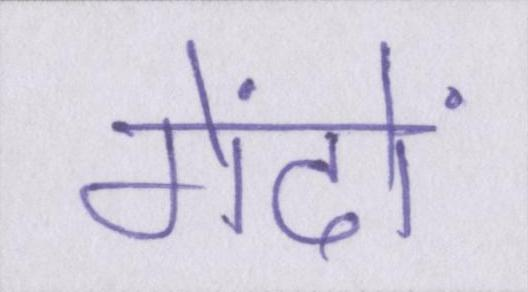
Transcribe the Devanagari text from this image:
गेंदों